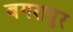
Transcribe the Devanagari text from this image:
बगरापुर